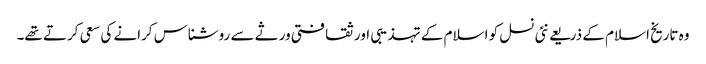
وہ تاریخ اسلام کے ذریعے نئی نسل کو اسلام کے تہذیبی اور ثقافتی ورثے سے روشناس کرانے کی سعی کرتے تھے۔